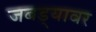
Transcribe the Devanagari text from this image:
जबड्यावर